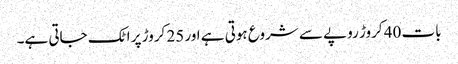
بات 40 کروڑ روپے سے شروع ہوتی ہے اور 25 کروڑ پر اٹک جاتی ہے۔